EAOK_Sinod, lk 8
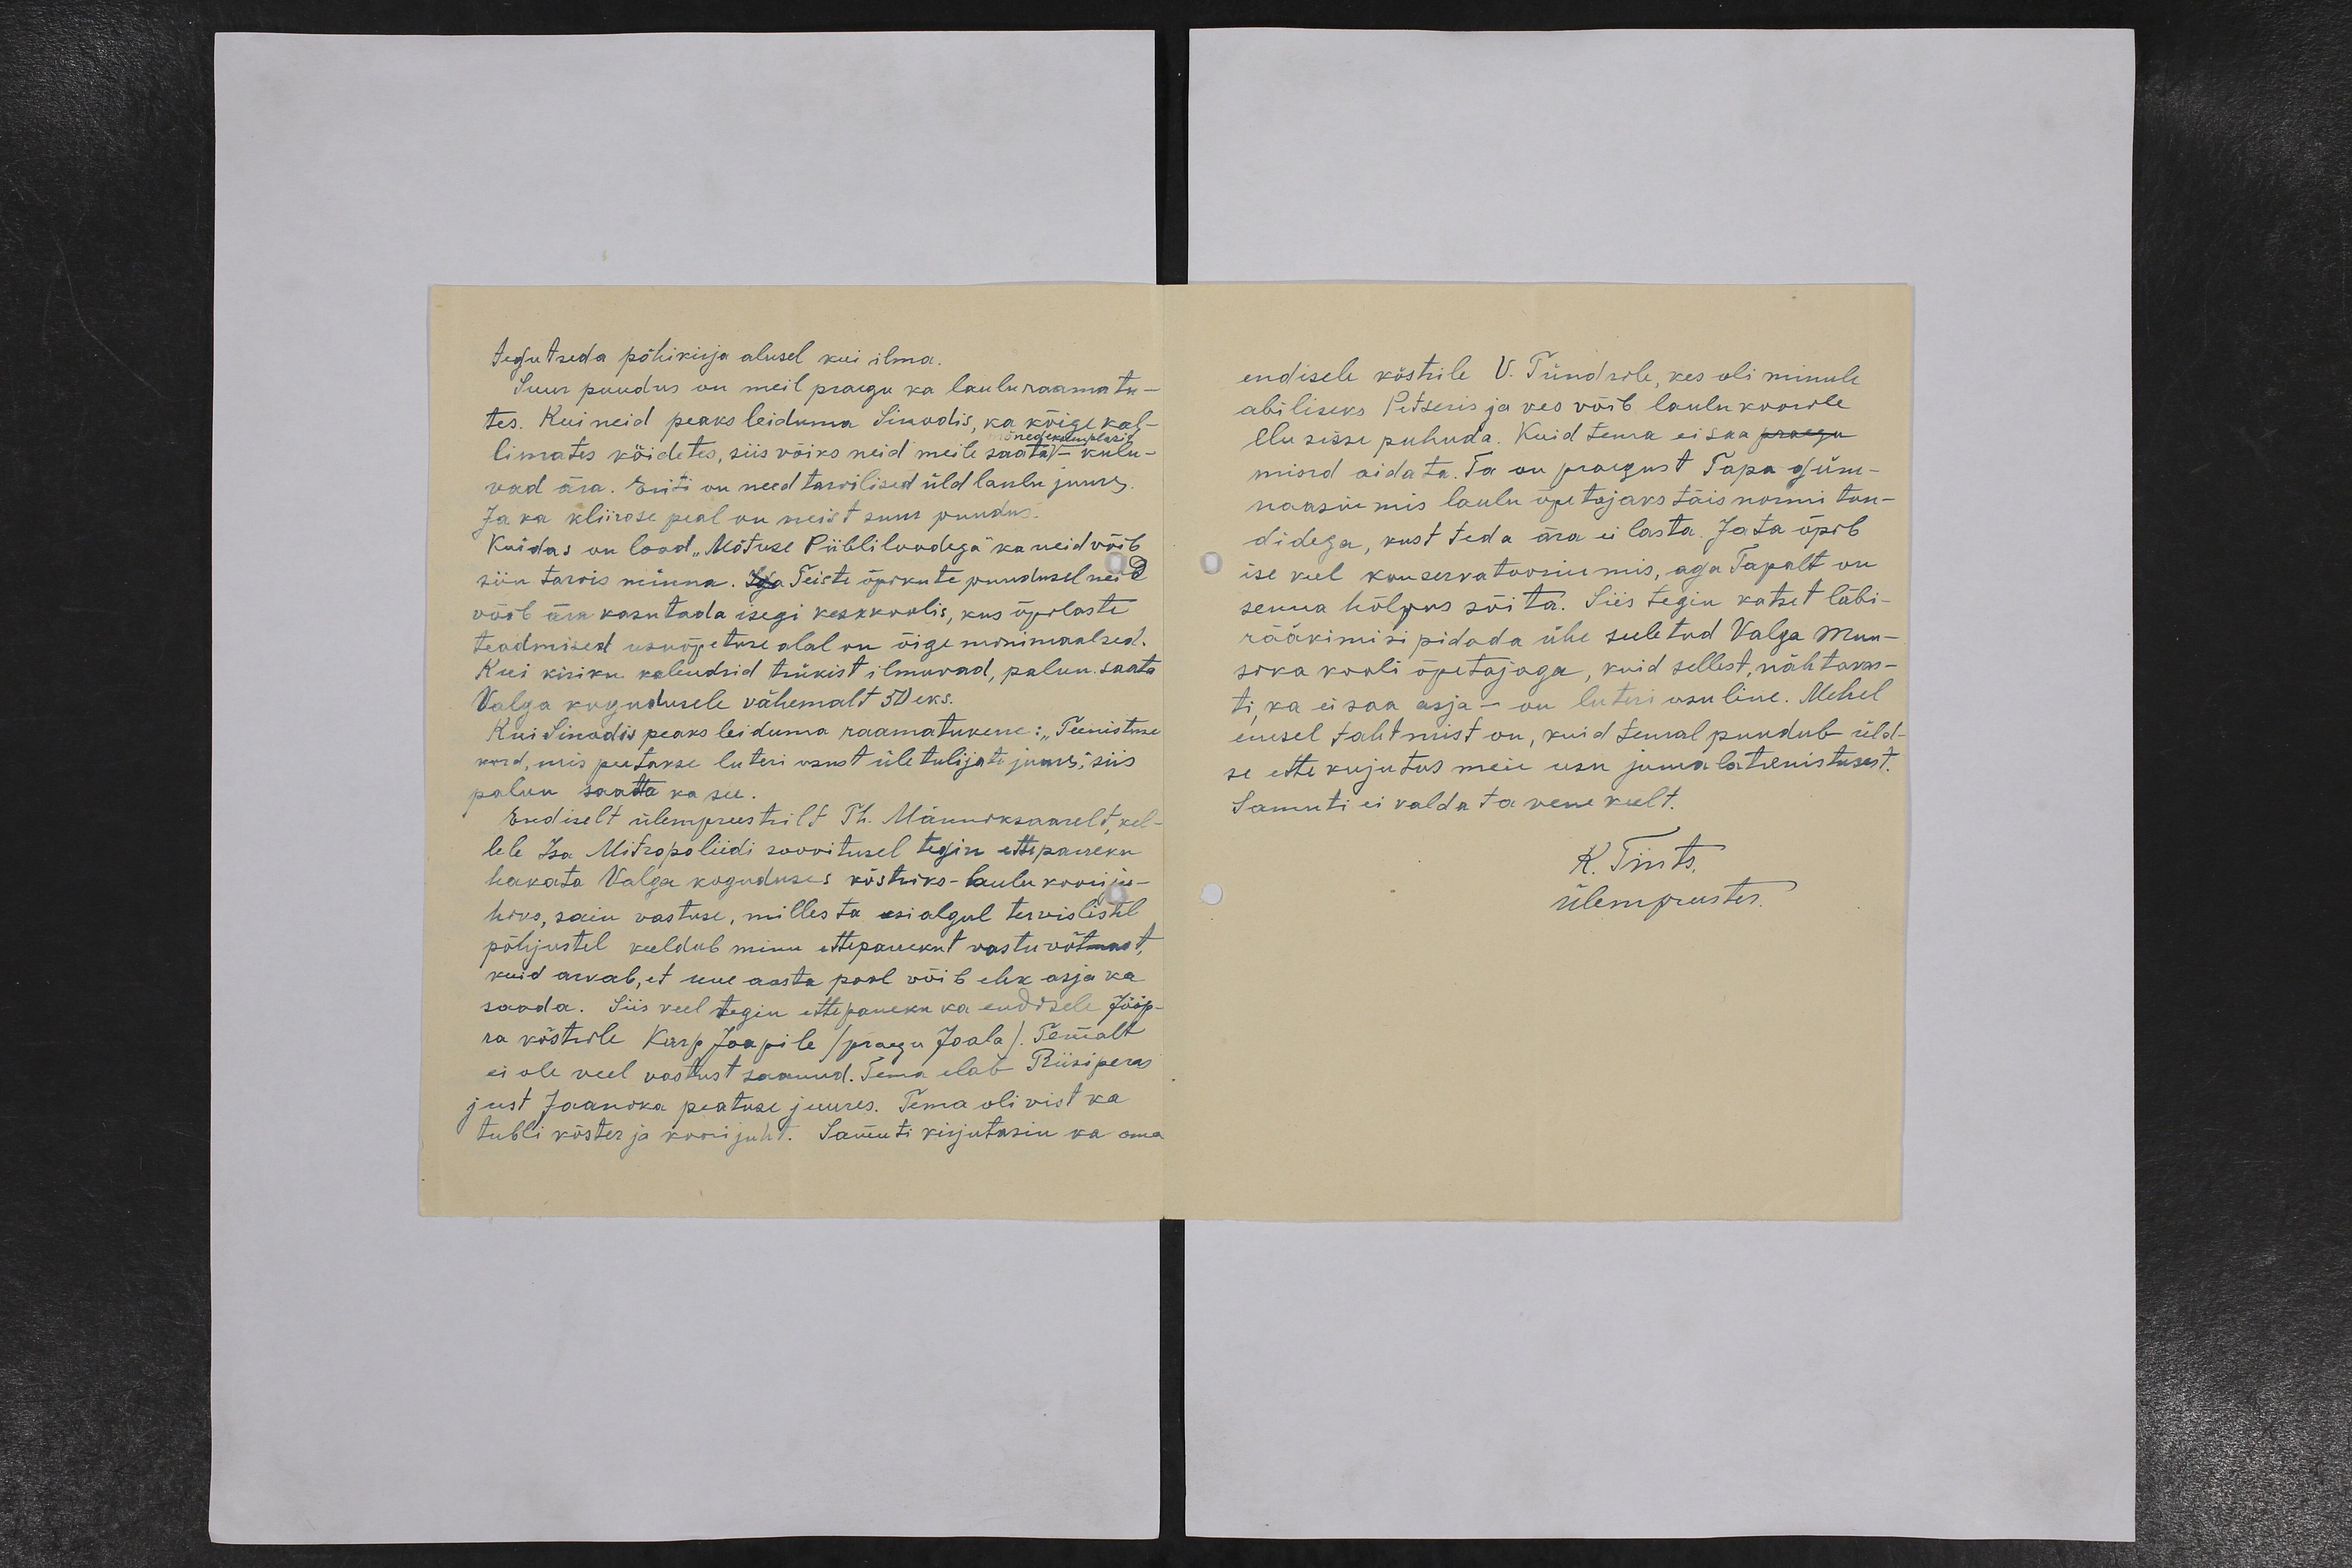
tegutseda põhikirja alusel kui ilma.
Suur puudus on meil praegu ka lauluraamatu-
tes. Kui neid peaks leiduma Sinodis, ka kõige kal-
limates köidetes, siis võiks neid meile saata - kulu-
vad ära. Eriti on need tarvilised üld laulu juures.
Ja ka kliirose peal on neist suur puudus.
Kuidas on lood „Mõtuse Piibliloodega“ ka neid võib
siin tarvis minna. Iga Teiste õpikute puudusel neid
võib ära kasutada isegi keskkoolis, kus õpilaste
teadmised usuõpetuse alal on õige minimaalsed.
Kui kiriku kaludsid trükist ilmuvad, palun saata
Valga kogudusele vähemalt 50 eks.
Kui Sinodis peaks leiduma raamatukene: „Teenistuse
kord, mis peetakse luteri usust üle tulijate juures", siis
palun saata ka see.
Endiselt ülempreestrilt Th. Männiksaarelt, kel-
lele Isa Mitropoliidi soovitusel tegin ettepaneku
hakata Valga koguduses köstriks-laulu kooriju-
hiks, sain vastuse, milles ta esialgul tervislistel
põhjustel keeldub minu ettepanekut vastu võtmast,
kuid arvab, et uue aasta pool võib ehk asja ka
saada. Siis veel tegin ettepaneku ka endisele Jööp-
ra köstrile Karp Joapile (praegu Joala). Temalt
ei ole veel vastust saanud. Tema elab Riisiperas
just Jaanoka peatuse juures. Tema oli vist ka
tubli köster ja koorijuht. Samuti kirjutasin ka oma

endisele köstrile V. Tündrile, kes oli minule
abiliseks Petseris ja kes võib laulu koorile,
elu sisse puhuda. Kuid tema ei saa praegu
mind aidata. Ta on praegust Tapa güm-
naasiumis laulu õpetajaks täis normi tun-
didega, kust teda ära ei lasta. Ja ta õpib
ise veel konservatoosiumis, aga Tapalt on
senna hõlpus sõita. Siis tegin katset läbi-
rääkimisi pidada ühe suletud Valga Muu-
sika kooli õpetajaga, kuid sellest, nähtavas-
ti, ka ei saa asja - on luteri usuline. Mehel
enesel tahtmist on, kuid temal puudub üld-
se ette kujutus meie usu jumalatieenistusest.
Samuti ei valda ta vene keelt.
K. Tints.
Ülempreester.